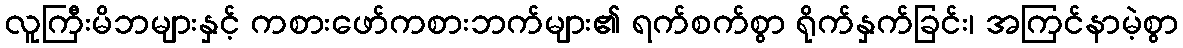
လူကြီးမိဘများနှင့် ကစားဖော်ကစားဘက်များ၏ ရက်စက်စွာ ရိုက်နှက်ခြင်း၊ အကြင်နာမဲ့စွာ